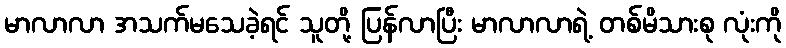
မာလာလာ အသက်မသေခဲ့ရင် သူတို့ ပြန်လာပြီး မာလာလာရဲ့ တစ်မိသားစု လုံးကို